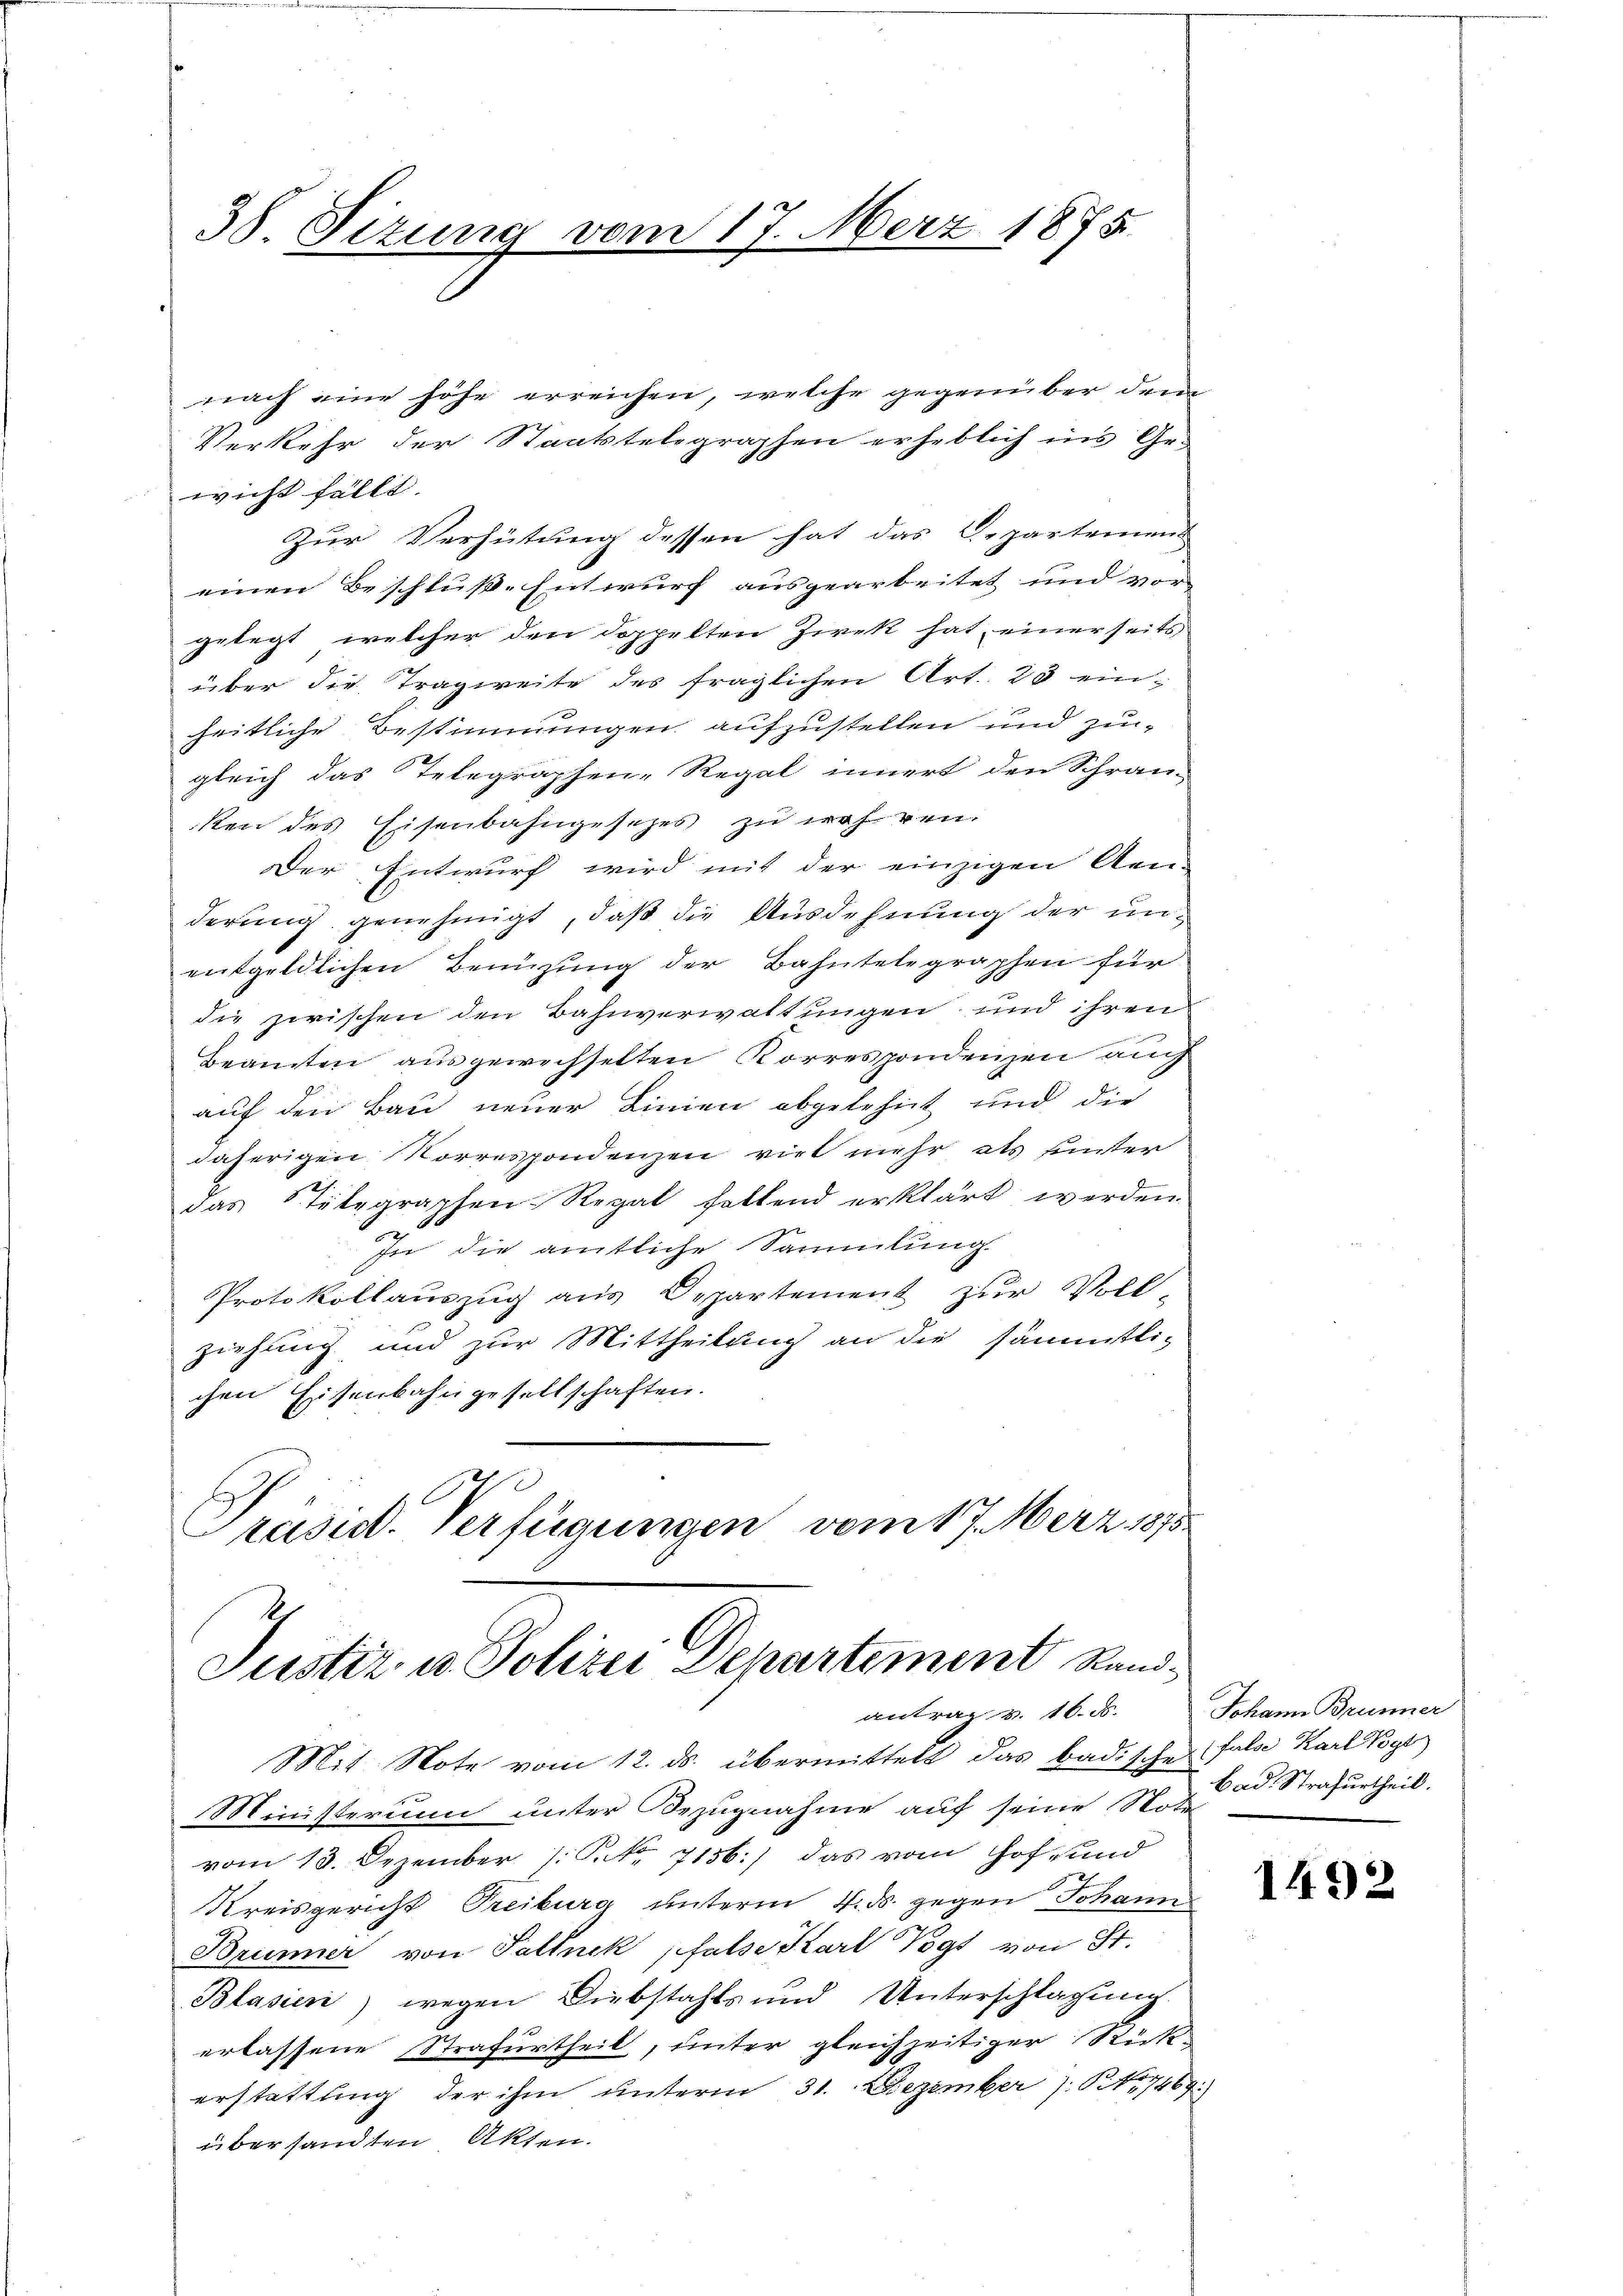
38. Sizung vom 17. März 1875.

nach eine höhe erreichen, welche gegenüber drei
Verkehr der Staatstelegraphen erheblich ins Gewicht fällt.
Zur Verhütung dessen hat das Departemen
einen Beschluß-Entwurf ausgearbeitet und vor
gelegt, welcher den doppelten Ziek hat einerseits
über die Tragweite des fraglichen Art. 23 einheitliche Bestimmungen aufzustellen und zugleich das Telegraphen-Regal innert den Schrän-
ken des Eisenbahngesetzes zu währen.
Der Entwurf wird mit der einzigen Aen-
derung genehmigt, daß die Ausdehnung der unentgeldlichen Benüzung der Bahntelegraphen für
die zwischen den Bahnverwaltungen und ihrem
Beamten ausgewechselten Korrespondenzen auch
auf den Bau neuer Linien abgelehnt und die
daherigen Vorrespondenzen viel mehr als unter
das Stilegraphen-Regal haltend erklärt werden.
e
In die amtliche Sammlung.
Protokollaŭszŭg aŭs Departement zur Voll-
ziehung und zur Mittheilung an die sämmtlichen Eisenbahngesellschaften.
Präsent. Verfügungen vom 17. März 1875.

Justiz u. Polizei Departement Randantrag v. 16. d. Johann Brunner

Mit Note vom 12. ds. übermittelt das badischen Fala Karl Vogt
Ministerium unter Bezugnahme auf seine Note
vom 13. Dezember 1. Sekr. 7156.) das vom Hof- und
Kreisgericht Freiburg unterm 4. ds. gegen Johanne
Brunner von Pallnek psalse Karl Pogs von St.
Blasien) wegen Diebstahls und Unterschlagung
erlassene Strafurtheil, unter gleichzeitiger Rückerstattung der ihm unterm 31. Dezember 7. No 7469.
übersandten Akten.

bad. Strafurtheil.

1492